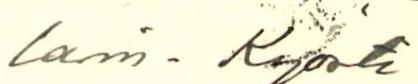
Larin - Kyösti